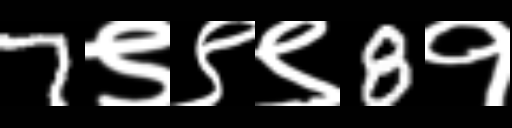
Text: 7९९९8१